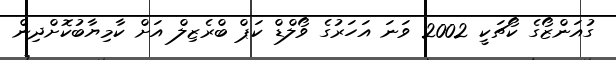
ގުއަންޒޯގެ ކޯޗަކީ 2002 ވަނަ އަަހަރުގެ ވޯލްޑް ކަޕް ބްރެޒިލް އަށް ކާމިޔާބުކޮށްދިން